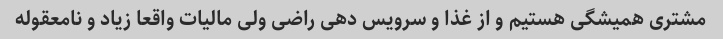
مشتری همیشگی هستیم و از غذا و سرویس دهی راضی ولی مالیات واقعا زیاد و نامعقوله